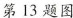
第13题图